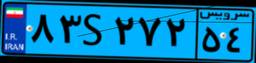
۳۹S۱۳۲۸۴